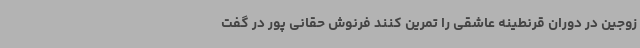
زوجین در دوران قرنطینه عاشقی را تمرین کنند فرنوش حقانی پور در گفت